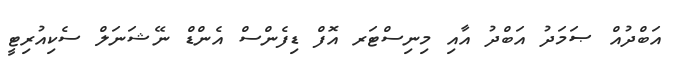
އަބްދުއް ޞަމަދު އަބްދު އާއި މިނިސްޓަރ އޮފް ޑިފެންސް އެންޑް ނޭޝަނަލް ސެކިއުރިޓީ